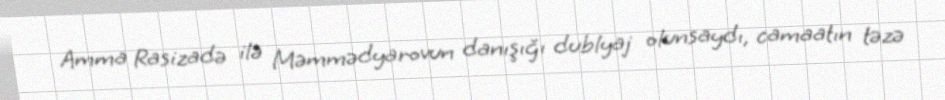
Amma Rasizadə ilə Məmmədyarovun danışığı dublyaj olunsaydı, camaatın təzə